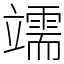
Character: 䇕